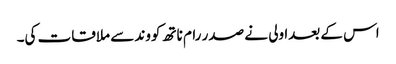
اس کے بعدا ولی نے صدر رام ناتھ کووند سے ملاقات کی۔